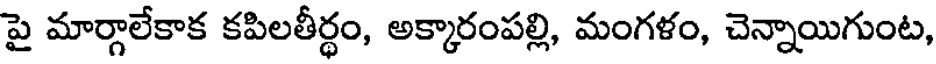
పై మార్గాలేకాక కపిలతీర్థం, అక్కారంపల్లి, మంగళం, చెన్నాయిగుంట,